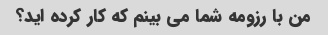
من با رزومه شما می بینم که کار کرده اید؟